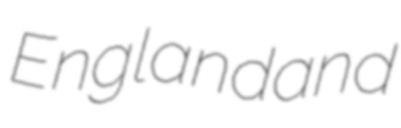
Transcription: England and